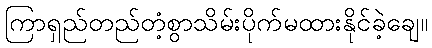
ကြာရှည်တည်တံ့စွာသိမ်းပိုက်မထားနိုင်ခဲ့ချေ။